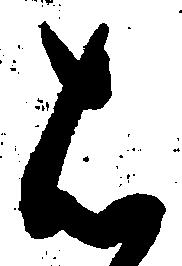
は